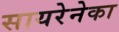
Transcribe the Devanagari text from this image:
सायरेनेका